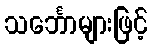
သင်္ဘောများဖြင့်